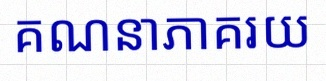
គណនាភាគរយ